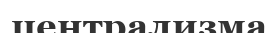
централизма